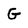
Character: G